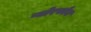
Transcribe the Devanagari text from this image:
प्योरफोय